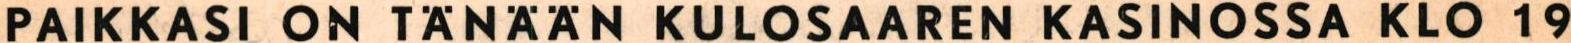
PAIKKASI ON TÄNÄÄN KULOSAAREN KASINOSSA KLO 19